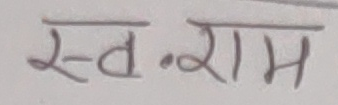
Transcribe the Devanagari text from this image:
स्व. राम